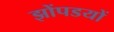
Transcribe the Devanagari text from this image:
झोंपडयों